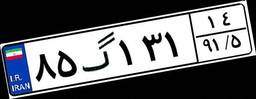
۸۵گ۱۳۱۱۴